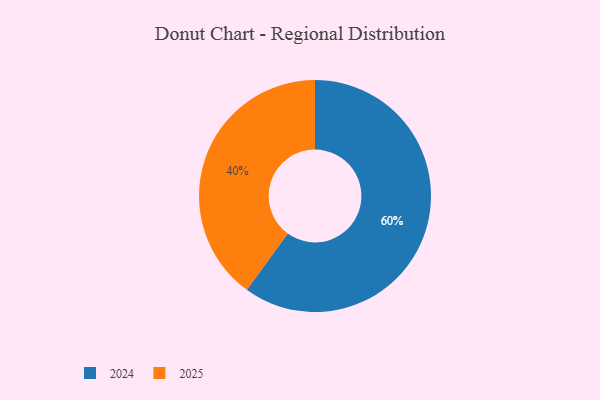
{"axis": {"x": "Category", "y": "Percentage"}, "legend": ["2024", "2025"], "data": [{"x": "2025", "y": 40, "type": "2025"}, {"x": "2024", "y": 60, "type": "2024"}]}